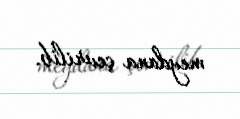
meydana çevrilib.